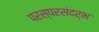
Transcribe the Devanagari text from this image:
परस्परसंदर्भ